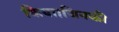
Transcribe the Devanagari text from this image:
किया।जिनकी